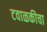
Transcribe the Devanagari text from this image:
टवाळकीचा